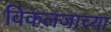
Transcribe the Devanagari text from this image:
विकलजाच्या